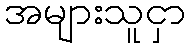
အများသူငှာ